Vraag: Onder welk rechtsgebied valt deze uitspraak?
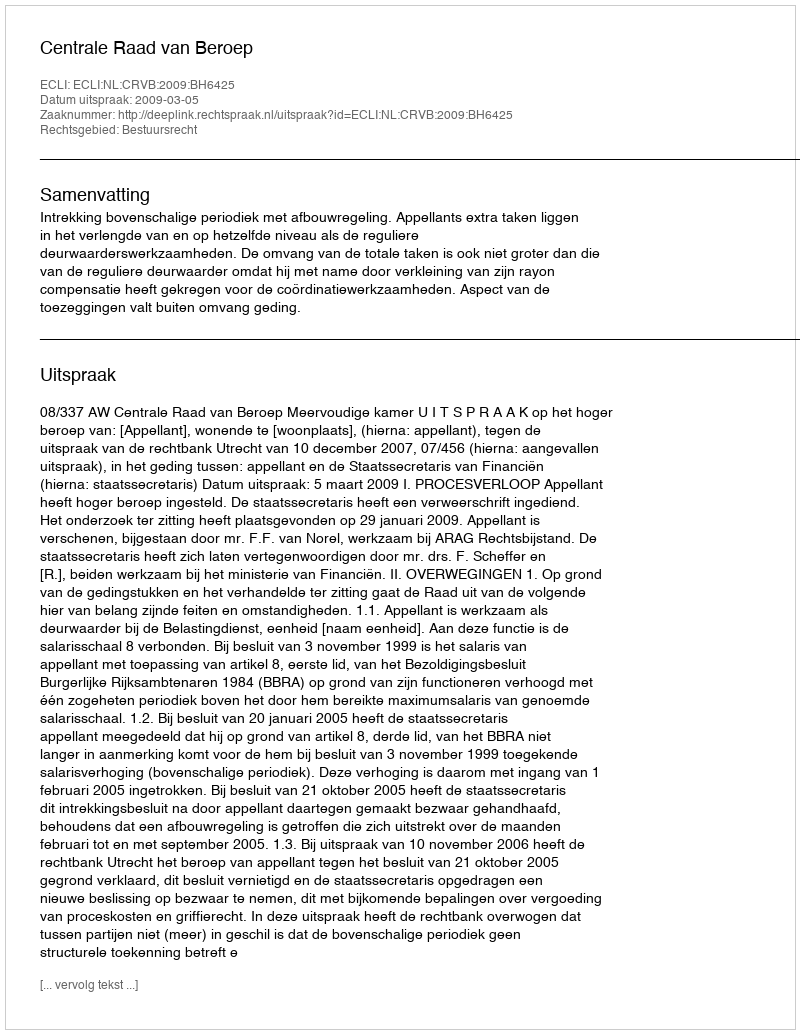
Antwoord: Bestuursrecht